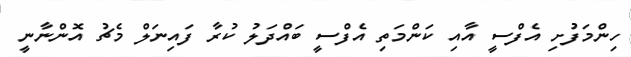
ހިންމަފުށި އެފްސީ އާއި ކަންމަތި އެފްސީ ބައްދަލު ކުރާ ފައިނަލް މެޗު އޮންނާނީ